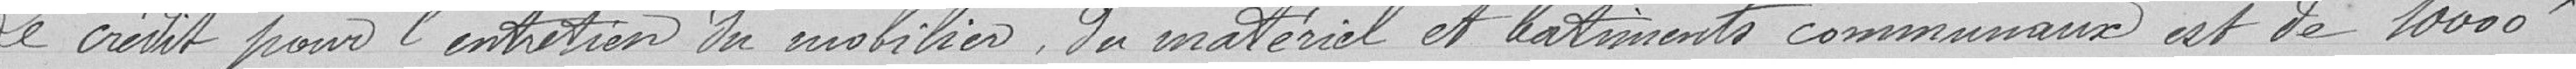
Le crédit pour l'entretien du mobilier, du matériel et bâtiments communaux est de 10 000 francs